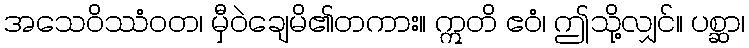
အသေဝိဿံဝတ၊ မှီဝဲချေမိ၏တကား။ ဣတိ ဧဝံ၊ ဤသို့လျှင်။ ပစ္ဆာ၊